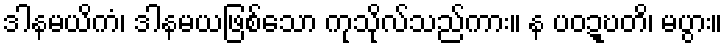
ဒါနမယိကံ၊ ဒါနမယဖြစ်သော ကုသိုလ်သည်ကား။ န ပဝဍ္ဎတိ၊ မပွား။